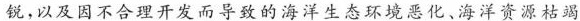
锐，以及因不合理开发而导致的海洋生态环境恶化、海洋资源枯竭